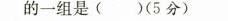
的一组是()(5分)